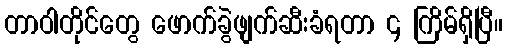
တာဝါတိုင်တွေ ဖောက်ခွဲဖျက်ဆီးခံရတာ ၄ ကြိမ်ရှိပြီ။